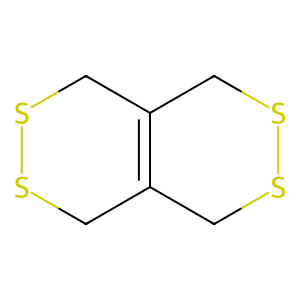
SMILES: C1SSCC2=C1CSSC2
Inhibits HIV replication: No